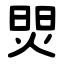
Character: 焸